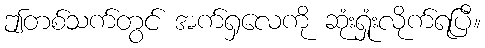
ဤတစ်သက်တွင် အက်ရှလေကို ဆုံးရှုံးလိုက်ရပြီ။